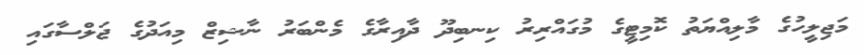
މަޖިލީހުގެ މާލިއްޔަތު ކޮމިޓީގެ މުގައްރިރު ކިނބިދޫ ދާއިރާގެ މެންބަރު ނާޝިޒް މިއަދުގެ ޖަލްސާގައި